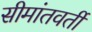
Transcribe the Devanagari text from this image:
सीमांतवर्ती